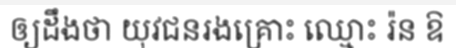
ឲ្យដឹងថា យុវជនរងគ្រោះ ឈ្មោះ រ៉ន ឱ